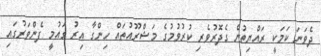
ދެވަނަ ކަމަކީ ރައްޔިތުން ގެދޮރުވެރި ކުރުވުމުގެ މަޝްރޫއުތައް ހިންގާ އިރު ގައުމީ ފެންވަރުގައި